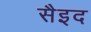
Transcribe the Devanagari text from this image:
सैइद